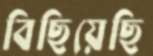
বিছিয়েছি